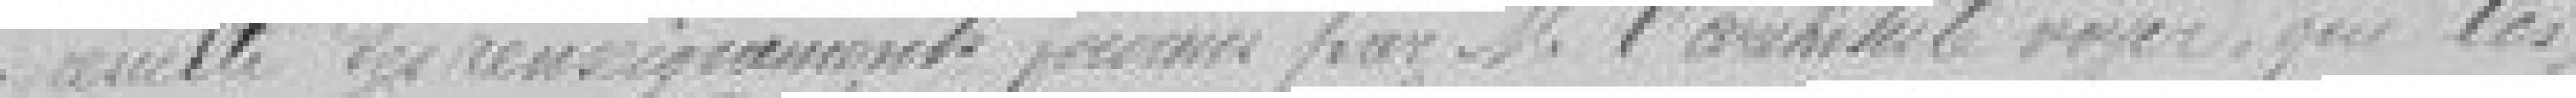
résulte des renseignements fournis par monsieur l'architecte voyer, que les